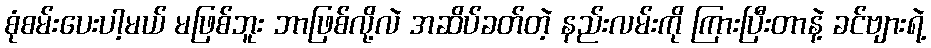
စုံစမ်းပေးပါ့မယ် မဖြစ်ဘူး ဘာဖြစ်လို့လဲ အဆိပ်ခတ်တဲ့ နည်းလမ်းကို ကြားပြီးတာနဲ့ ခင်ဗျားရဲ့